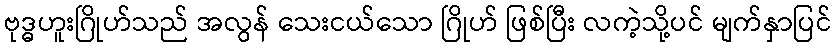
ဗုဒ္ဓဟူးဂြိုဟ်သည် အလွန် သေးငယ်သော ဂြိုဟ် ဖြစ်ပြီး လကဲ့သို့ပင် မျက်နှာပြင်